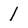
Character: 1